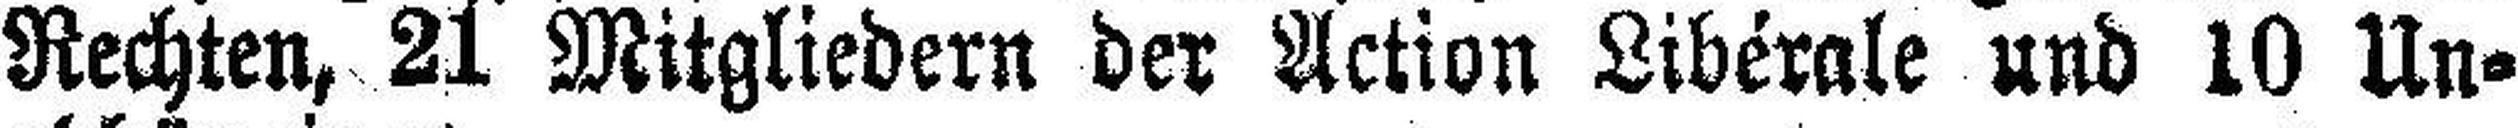
Rechten, 21 Mitgliedern der Action Liberale und 10 Un¬